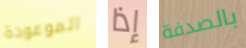
الموعودة إذا بالصدفة